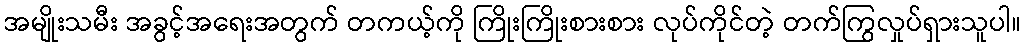
အမျိုးသမီး အခွင့်အရေးအတွက် တကယ့်ကို ကြိုးကြိုးစားစား လုပ်ကိုင်တဲ့ တက်ကြွလှုပ်ရှားသူပါ။